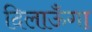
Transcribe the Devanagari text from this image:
दिलाऊँगा